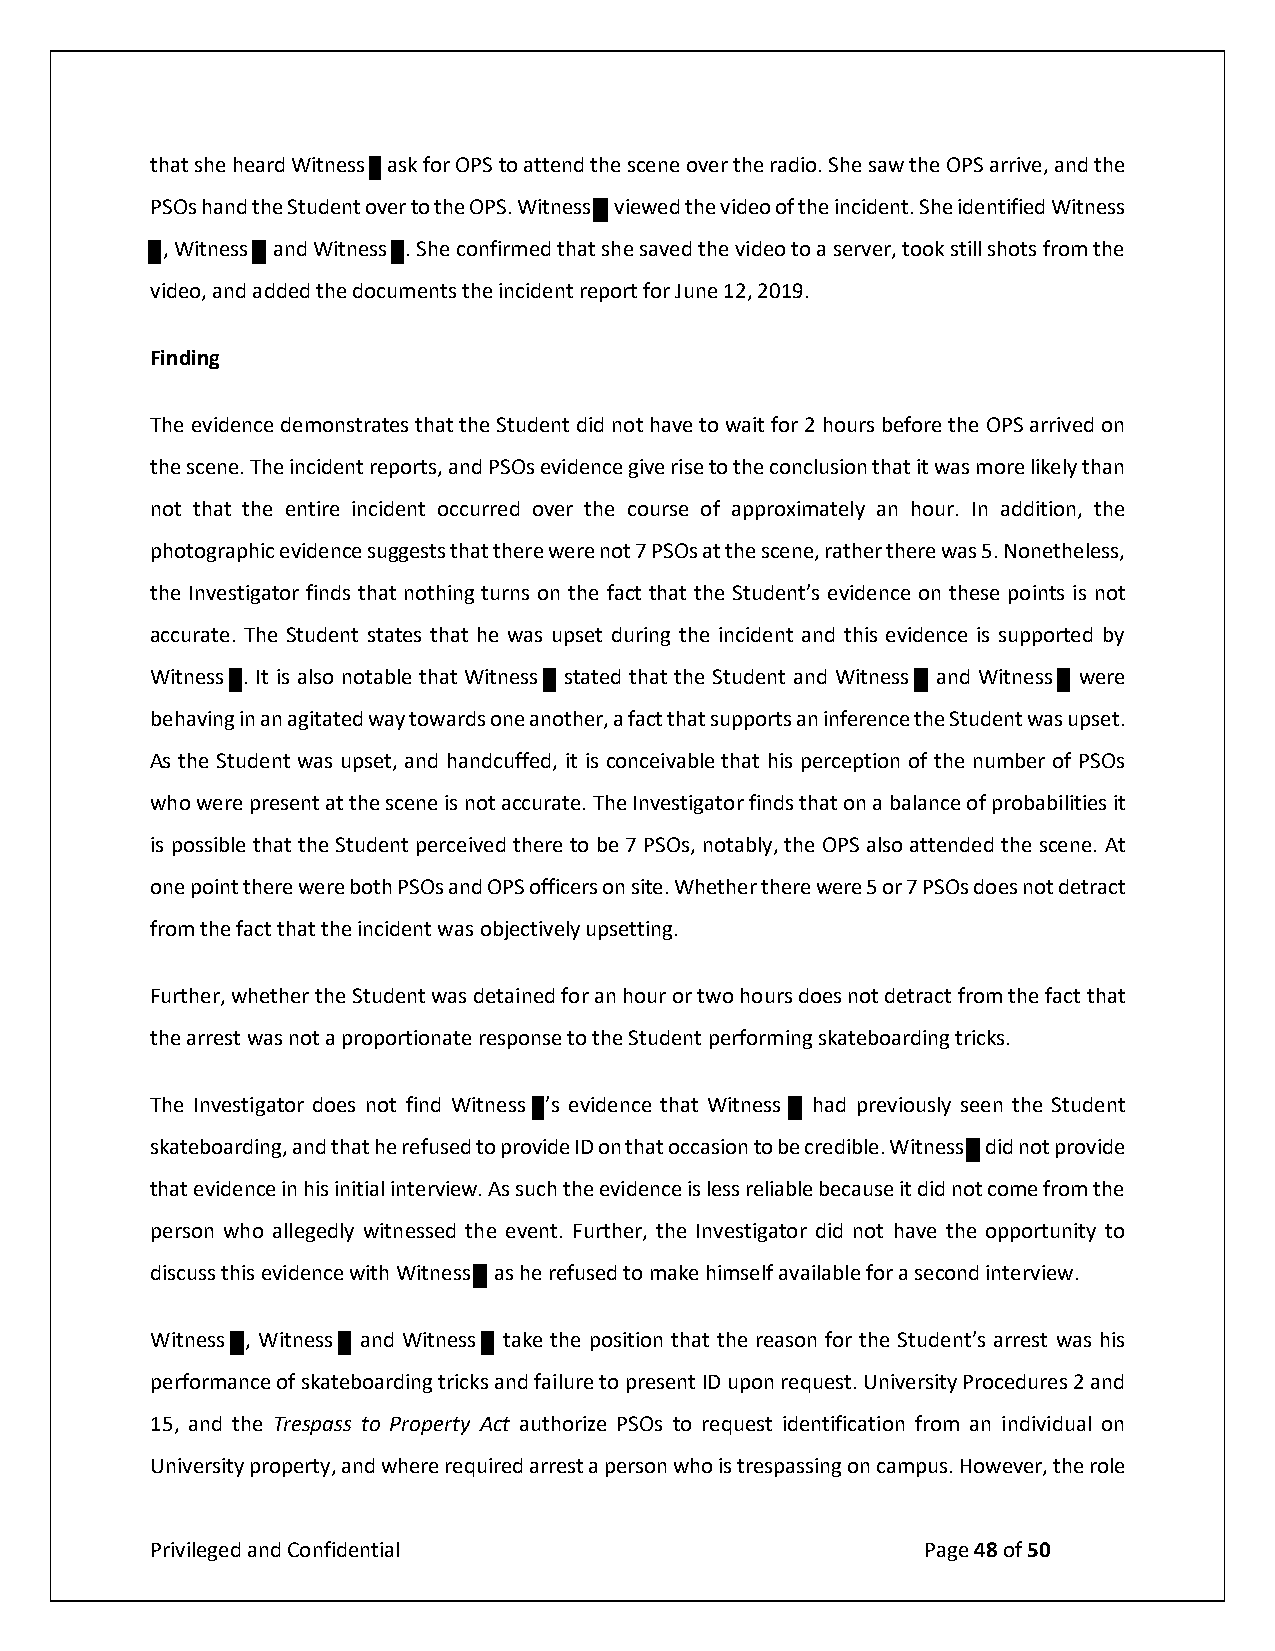
that she heard Witness ask for OPS to attend the scene over the radio. She saw the OPS arrive, and the
 PSOs hand the Student over to the OPS. Witness viewed the video of the incident. She identified Witness
 , Witness and Witness . She confirmed that she saved the video to a server, took still shots from the
 video, and added the documents the incident report for June 12, 2019.
 Finding
 The evidence demonstrates that the Student did not have to wait for 2 hours before the OPS arrived on
 the scene. The incident reports, and PSOs evidence give rise to the conclusion that it was more likely than
 not that the entire incident occurred over the course of approximately an hour. In addition, the
 photographic evidence suggests that there were not 7 PSOs at the scene, rather there was 5. Nonetheless,
 the Investigator finds that nothing turns on the fact that the Student’s evidence on these points is not
 accurate. The Student states that he was upset during the incident and this evidence is supported by
 Witness . It is also notable that Witness stated that the Student and Witness and Witness were
 behaving in an agitated way towards one another, a fact that supports an inference the Student was upset.
 As the Student was upset, and handcuffed, it is conceivable that his perception of the number of PSOs
 who were present at the scene is not accurate. The Investigator finds that on a balance of probabilities it
 is possible that the Student perceived there to be 7 PSOs, notably, the OPS also attended the scene. At
 one point there were both PSOs and OPS officers on site. Whether there were 5 or 7 PSOs does not detract
 from the fact that the incident was objectively upsetting.
 Further, whether the Student was detained for an hour or two hours does not detract from the fact that
 the arrest was not a proportionate response to the Student performing skateboarding tricks.
 The Investigator does not find Witness ’s evidence that Witness had previously seen the Student
 skateboarding, and that he refused to provide ID on that occasion to be credible. Witness did not provide
 that evidence in his initial interview. As such the evidence is less reliable because it did not come from the
 person who allegedly witnessed the event. Further, the Investigator did not have the opportunity to
 discuss this evidence with Witness as he refused to make himself available for a second interview.
 Witness , Witness and Witness take the position that the reason for the Student’s arrest was his
 performance of skateboarding tricks and failure to present ID upon request. University Procedures 2 and
 15, and the Trespass to Property Act authorize PSOs to request identification from an individual on
 University property, and where required arrest a person who is trespassing on campus. However, the role
 Privileged and Confidential                        Page 48 of 50